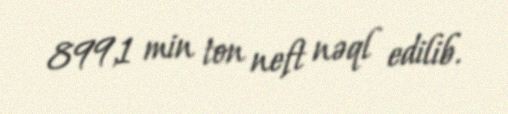
899,1 min ton neft nəql edilib.